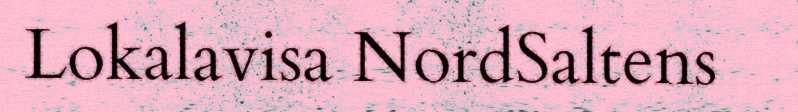
Lokalavisa NordSaltens